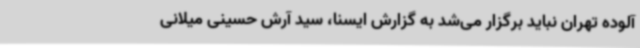
آلوده تهران نباید برگزار می‌شد به گزارش ایسنا، سید آرش حسینی میلانی